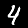
Digit: 4